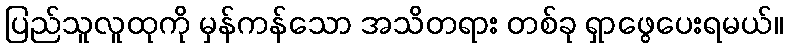
ပြည်သူလူထုကို မှန်ကန်သော အသိတရား တစ်ခု ရှာဖွေပေးရမယ်။